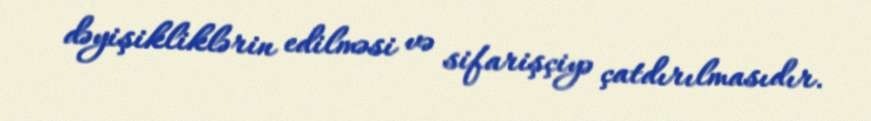
dəyişikliklərin edilməsi və sifarişçiyə çatdırılmasıdır.